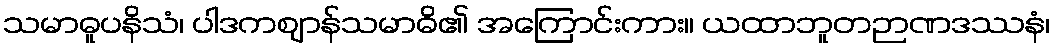
သမာဓူပနိသံ၊ ပါဒကဈာန်သမာဓိ၏ အကြောင်းကား။ ယထာဘူတဉာဏဒဿနံ၊